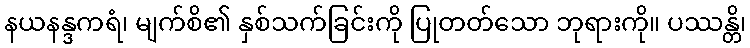
နယနန္ဒကရံ၊ မျက်စိ၏ နှစ်သက်ခြင်းကို ပြုတတ်သော ဘုရားကို။ ပဿန္တိ၊